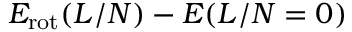
E _ { \mathrm { r o t } } ( L / N ) - E ( L / N = 0 )